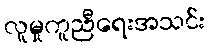
လူမှုကူညီရေးအသင်း